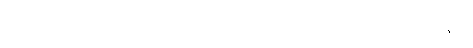
ဆုတ်ယုတ်ကြောင်း တိုးတက်ကြောင်းများကို ပြဆိုခန်း။